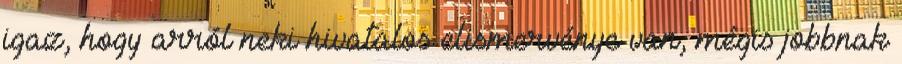
igaz, hogy arról neki hivatalos elismervénye van, mégis jobbnak